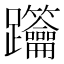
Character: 𨈋